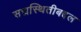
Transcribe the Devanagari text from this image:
सद्यस्थितीबद्दल